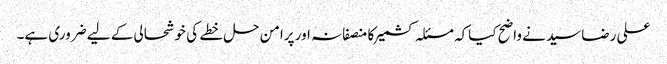
علی رضاسید نے واضح کیاکہ مسئلہ کشمیرکا منصفانہ اور پرامن حل خطے کی خوشحالی کے لیے ضروری ہے۔